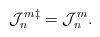
LaTeX: \begin{align*}{\cal J}^m_n{}^\ddag={\cal J}^m_n.\end{align*}